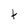
Character: t